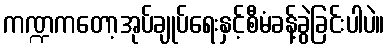
ကဏ္ဍကတော့အုပ်ချုပ်ရေးနှင့်စီမံခန့်ခွဲခြင်းပါပဲ။